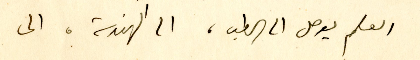
العلم يوصل الى الطب، الى الهندسة، الى